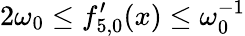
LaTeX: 2\omega_{0}\leq{f}_{5,0}^{\prime}(x)\leq\omega_{0}^{-1}